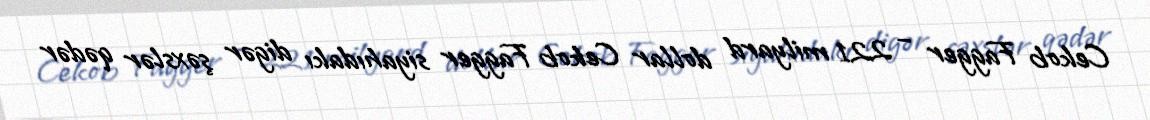
Cekob Fagger – 221 milyard dollar Cekob Fagger siyahıdakı digər şəxslər qədər